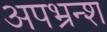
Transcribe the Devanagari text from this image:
अपभ्रन्‍श